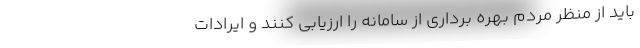
باید از منظر مردم بهره برداری از سامانه را ارزیابی کنند و ایرادات